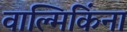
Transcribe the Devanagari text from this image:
वाल्मिकिंना